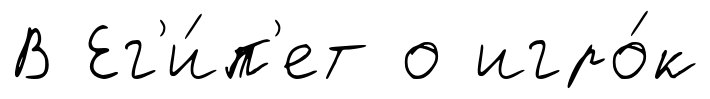
В Ег'и́п'ет о игро́к